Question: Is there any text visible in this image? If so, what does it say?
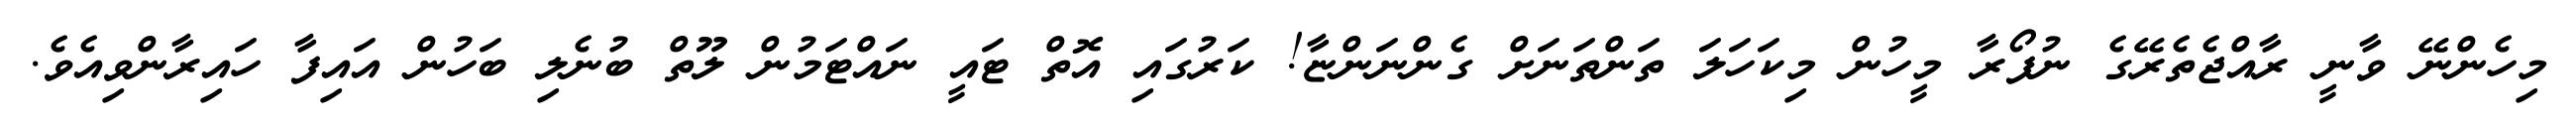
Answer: މިހެންނޭ ވާނީ ރާއްޖެތެރޭގެ ނުފޯރާ މީހުން މިކަހަލަ ތަންތަނަށް ގެންނަންޏާ! ކަރުގައި އޮތް ޓައީ ނައްޓަމުން ލޫތް ބުނެލި ބަހުން އައިފާ ހައިރާންވިއެވެ.